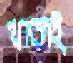
খাতাই